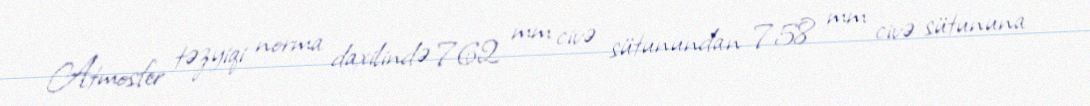
Atmosfer təzyiqi norma daxilində 762 mm civə sütunundan 758 mm civə sütununa